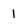
Character: l